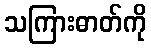
သကြားဓာတ်ကို